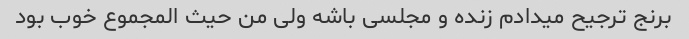
برنج ترجیح میدادم زنده و مجلسی باشه ولی من حیث المجموع خوب بود